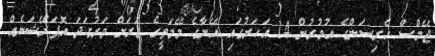
ޖޭމްސް ހެރިސަންގެ އުމުރުން 14 އަހަރުގައި އޭނާގެ މޭމަތީގެ ވަރަށް ވަރުގަދަ އޮޕަރޭޝަނެއް